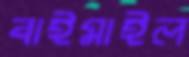
বাইমাইল